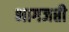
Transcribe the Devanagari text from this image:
भागजप्ती